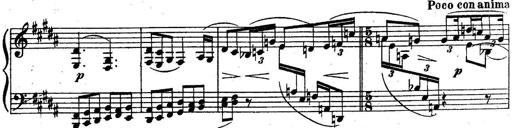
Title: Sonatine
Composer: Adrian Shaposhnikov
Key: E minor